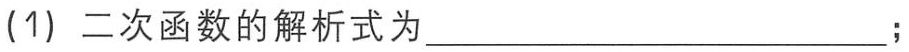
(1) 二次函数的解析式为____________________；